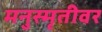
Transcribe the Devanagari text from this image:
मनुस्मृतीवर